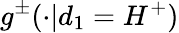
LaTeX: g^{\pm}(\cdot|d_{1}=H^{+})